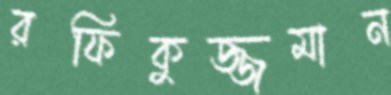
রফিকুজ্জমান